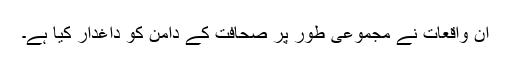
ان واقعات نے مجموعی طور پر صحافت کے دامن کو داغدار کیا ہے۔